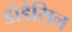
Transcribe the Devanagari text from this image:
डोडेसिल